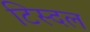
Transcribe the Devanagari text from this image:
टिस्दल